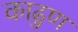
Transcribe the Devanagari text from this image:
काढुण